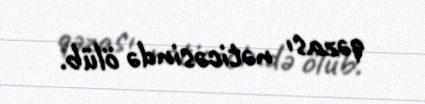
qəzası nəticəsində ölüb.